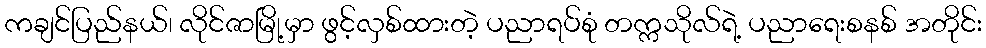
ကချင်ပြည်နယ်၊ လိုင်ဇာမြို့မှာ ဖွင့်လှစ်ထားတဲ့ ပညာရပ်စုံ တက္ကသိုလ်ရဲ့ ပညာရေးစနစ် အတိုင်း